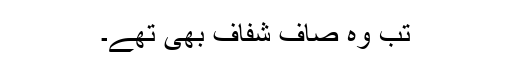
تب وہ صاف شفاف بھی تھے۔